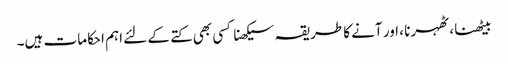
بیٹھنا ، ٹھہرنا ، اور آنے کا طریقہ سیکھنا کسی بھی کتے کے لئے اہم احکامات ہیں۔